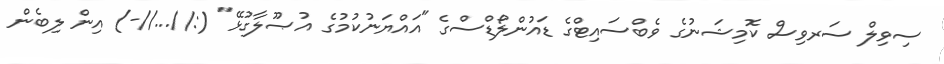
ސިވިލް ސަރވިސް ކޮމިޝަނުގެ ވެބްސައިޓްގެ ޑައުންލޯޑްސްގެ "އައްޔަނުކުމުގެ އުޞޫލާގުޅޭ" (://...//-) އިން ލިބެން